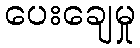
ပေးချေမှု